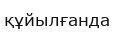
құйылғанда